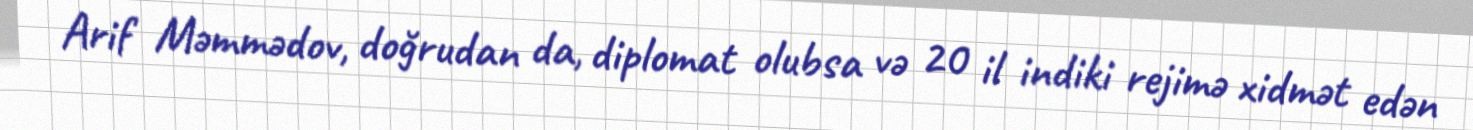
Arif Məmmədov, doğrudan da, diplomat olubsa və 20 il indiki rejimə xidmət edən